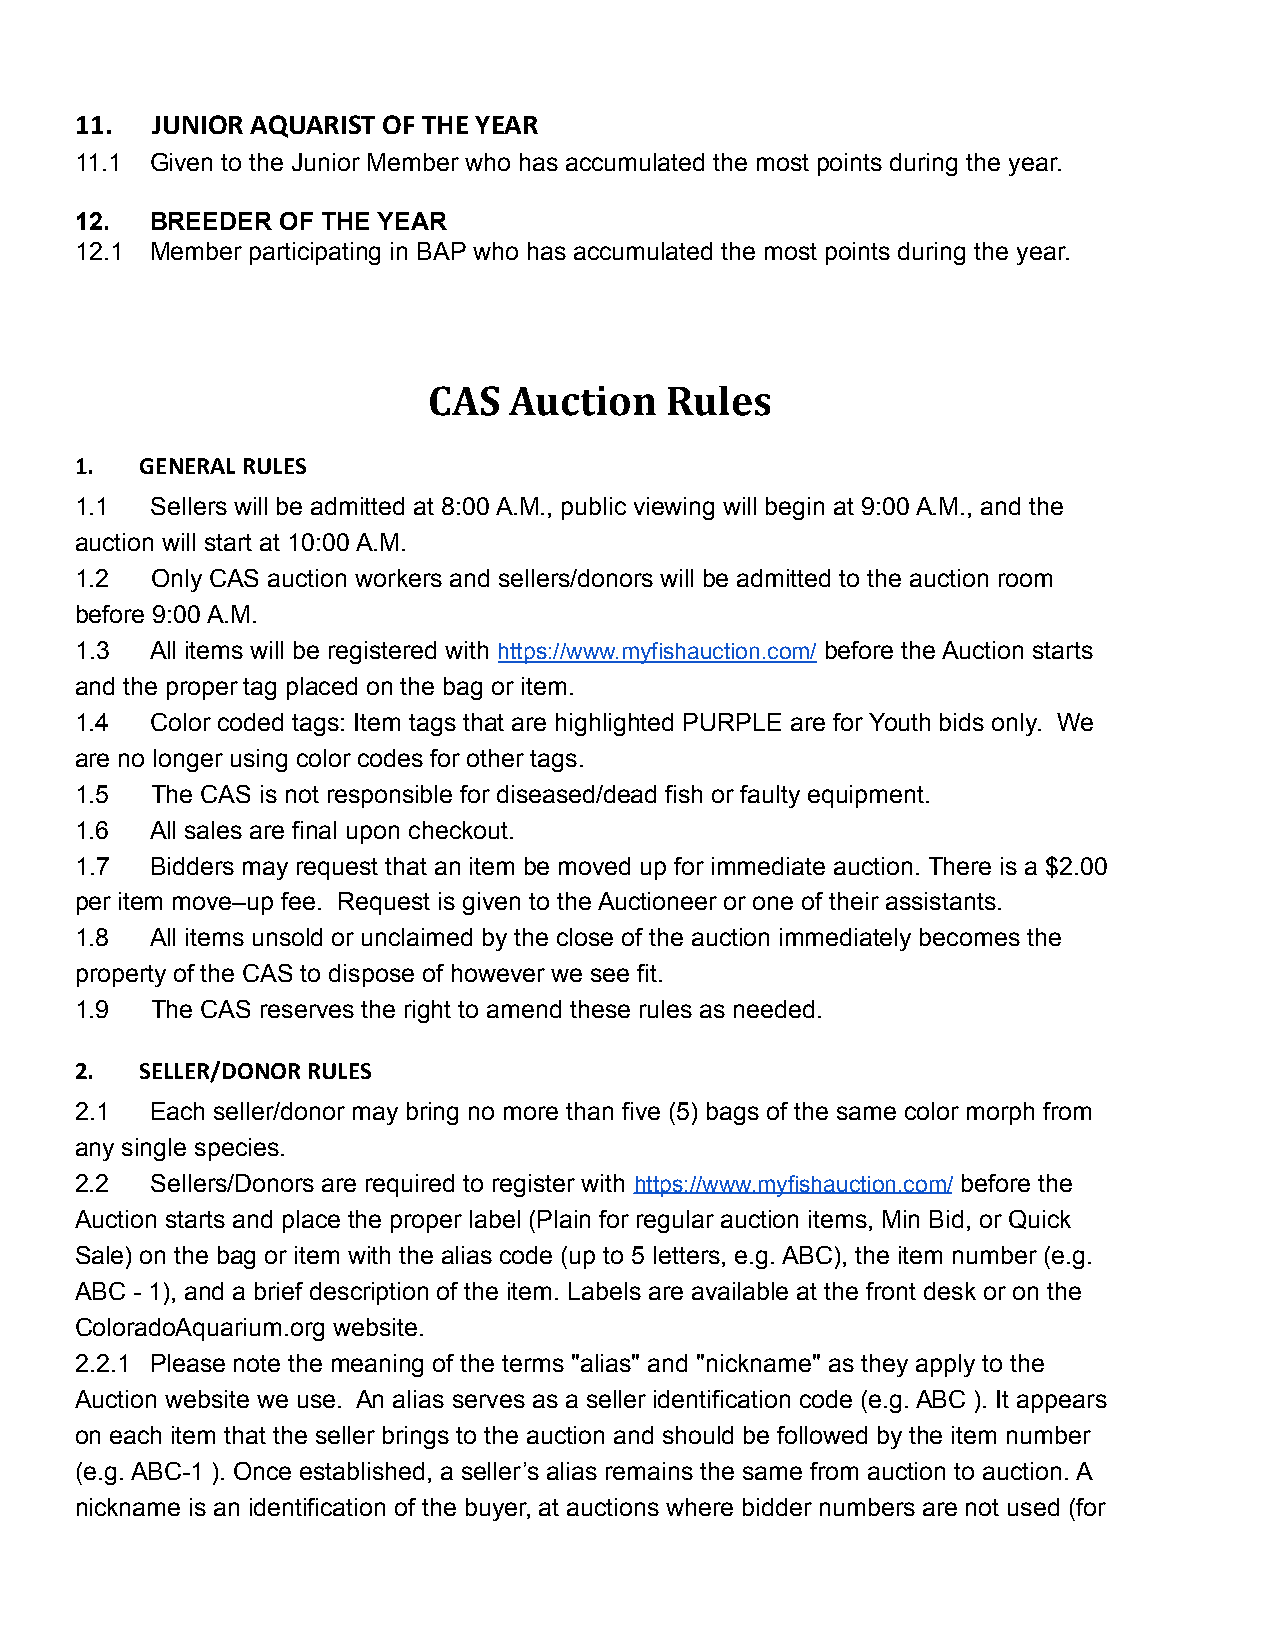
11.  JUNIOR AQUARIST OF THE YEAR
 11.1 Given to the Junior Member who has accumulated the most points during the year.
 12.  BREEDER OF THE YEAR
 12.1 Member participating in BAP who has accumulated the most points during the year.
 CAS   Auction   Rules
 1.  GENERAL RULES
 1.1  Sellers will be admitted at 8:00 A.M., public viewing will begin at 9:00 A.M., and the
 auction will start at 10:00 A.M.
 1.2  Only CAS auction workers and sellers/donors will be admitted to the auction room
 before 9:00 A.M.
 1.3  All items will be registered with https://www.myfishauction.com/ before the Auction starts
 and the proper tag placed on the bag or item.
 1.4  Color coded tags: Item tags that are highlighted PURPLE are for Youth bids only. We
 are no longer using color codes for other tags.
 1.5  The CAS is not responsible for diseased/dead fish or faulty equipment.
 1.6  All sales are final upon checkout.
 1.7  Bidders may request that an item be moved up for immediate auction. There is a $2.00
 per item move–up fee. Request is given to the Auctioneer or one of their assistants.
 1.8  All items unsold or unclaimed by the close of the auction immediately becomes the
 property of the CAS to dispose of however we see fit.
 1.9  The CAS reserves the right to amend these rules as needed.
 2.  SELLER/DONOR RULES
 2.1  Each seller/donor may bring no more than five (5) bags of the same color morph from
 any single species.
 2.2  Sellers/Donors are required to register with https://www.myfishauction.com/ before the
 Auction starts and place the proper label (Plain for regular auction items, Min Bid, or Quick
 Sale) on the bag or item with the alias code (up to 5 letters, e.g. ABC), the item number (e.g.
 ABC - 1), and a brief description of the item. Labels are available at the front desk or on the
 ColoradoAquarium.org website.
 2.2.1 Please note the meaning of the terms "alias" and "nickname" as they apply to the
 Auction website we use. An alias serves as a seller identification code (e.g. ABC ). It appears
 on each item that the seller brings to the auction and should be followed by the item number
 (e.g. ABC-1 ). Once established, a seller’s alias remains the same from auction to auction. A
 nickname is an identification of the buyer, at auctions where bidder numbers are not used (for